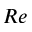
R e